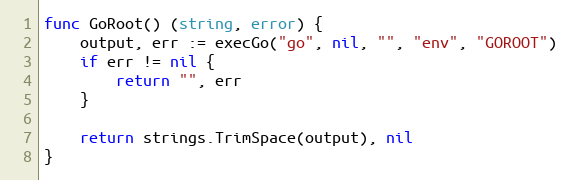
Language: Go
func GoRoot() (string, error) {
	output, err := execGo("go", nil, "", "env", "GOROOT")
	if err != nil {
		return "", err
	}

	return strings.TrimSpace(output), nil
}